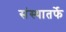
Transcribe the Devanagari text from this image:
संस्थातर्फे